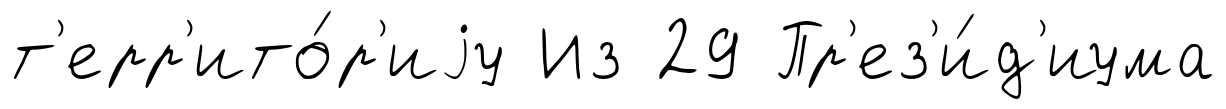
т'ерр'ито́р'иjу Из 29 Пр'ез'и́д'иума